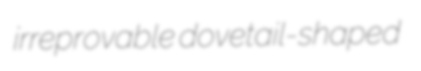
irreprovable dovetail-shaped